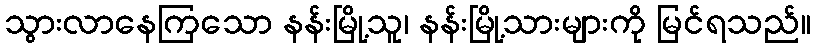
သွားလာနေကြသော နန်းမြို့သူ၊ နန်းမြို့သားများကို မြင်ရသည်။